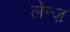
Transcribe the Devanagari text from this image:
लेन्ज़